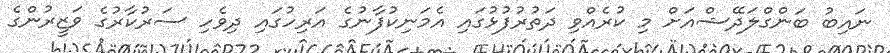
ނައިބު ބަންގްލަދޭޝްއަށް މި ކުރެއްވި ދަތުރުފުޅުގައި އެމަނިކުފާނުގެ އަރިހުގައި ދިވެހި ސަރުކާރުގެ ވަޒީރުންގެ